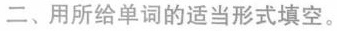
二、用所给单词的适当形式填空。